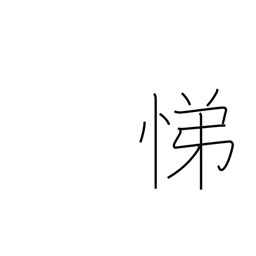
Meaning: serving our elders